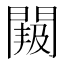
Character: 𮤐